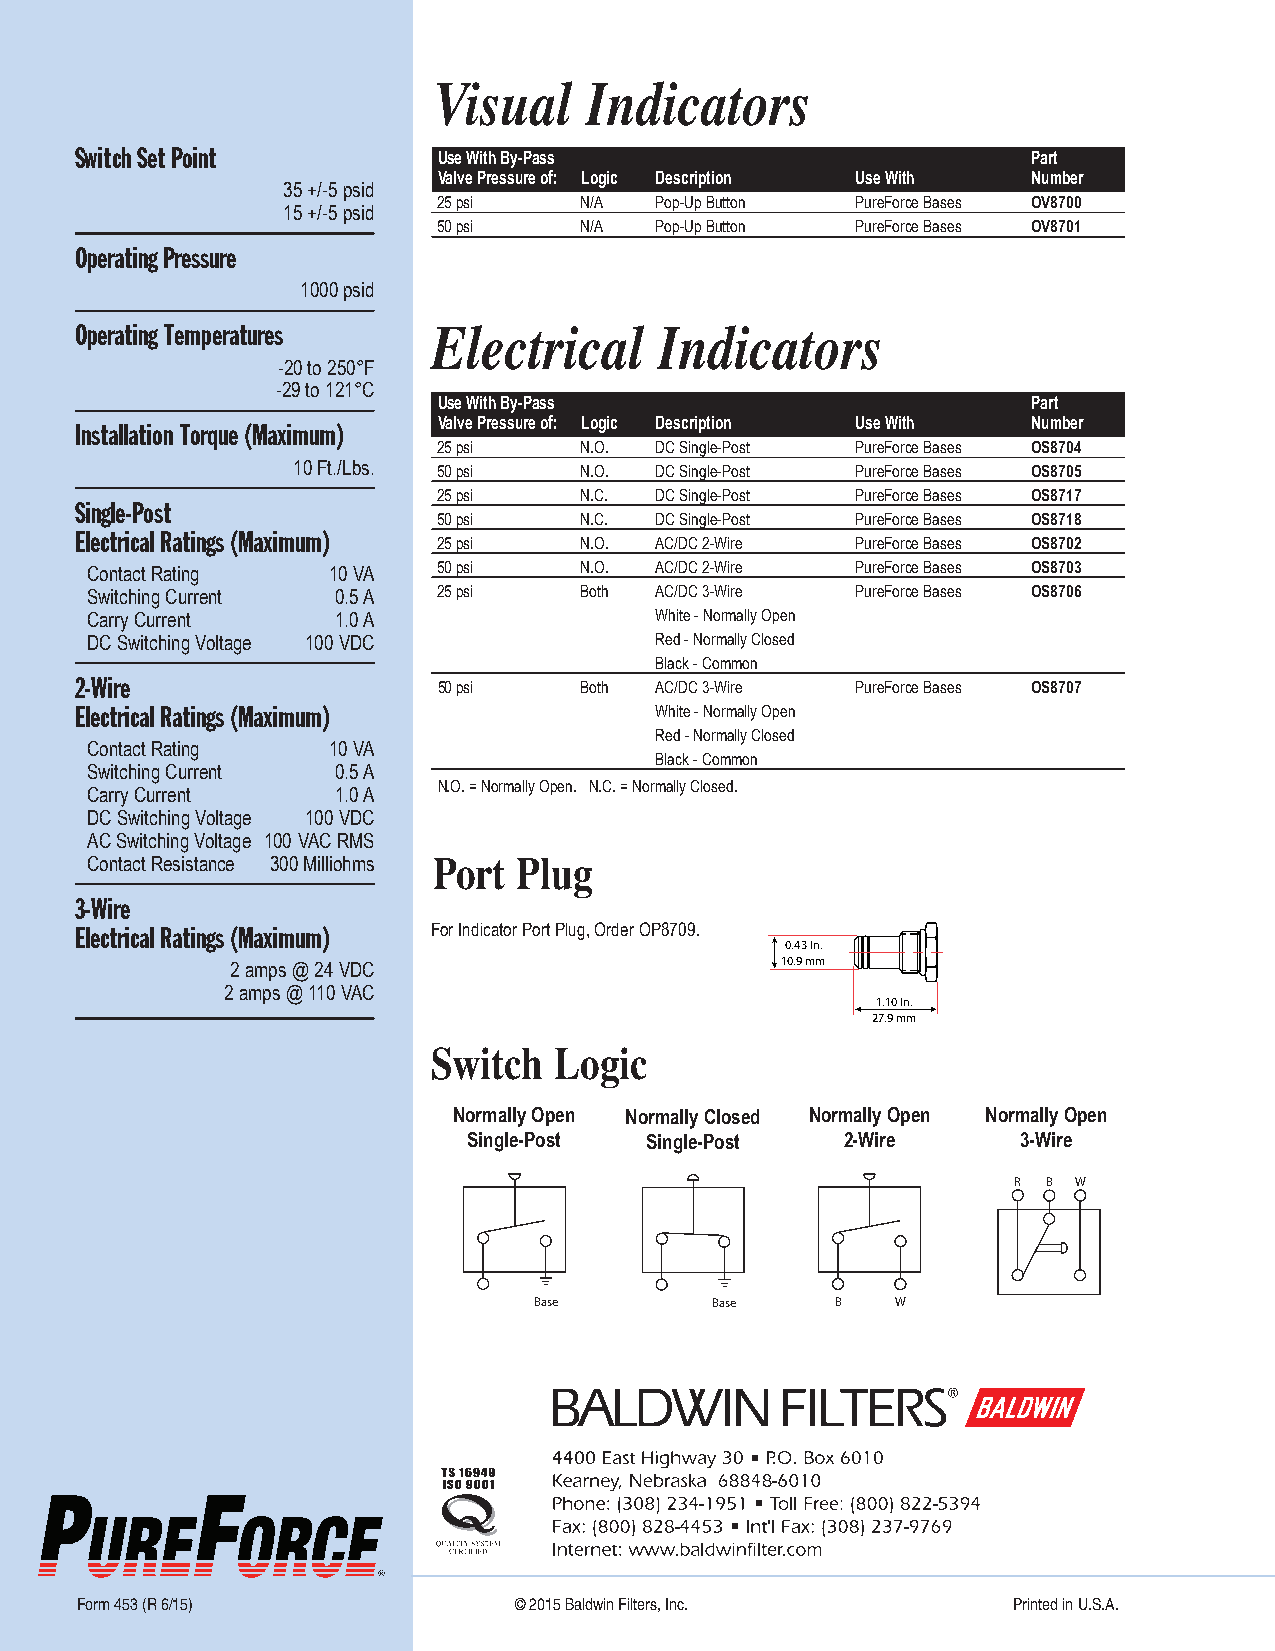
Form 453 (R 6-15).qxp_Layout 1 5/21/15 1:23 PM Page 8
 Visual     Indicators
 Switch Set Point
 Use With By-Pass                       Part
 Valve Pressure of: Logic Description Use With Number
 35 +/-5 psid
 25 psi   N/A  Pop-Up Button PureForce Bases OV8700
 15 +/-5 psid
 50 psi   N/A  Pop-Up Button PureForce Bases OV8701
 Operating Pressure
 1000 psid
 Operating Temperatures Electrical     Indicators
 -20 to 250°F
 -29 to 121°C
 Use With By-Pass                       Part
 Installation Torque (Maximum) Valve Pressure of: Logic Description Use With Number
 25 psi   N.O. DC Single-Post PureForce Bases OS8704
 10 Ft./Lbs. 50 psi N.O. DC Single-Post PureForce Bases OS8705
 25 psi   N.C. DC Single-Post PureForce Bases OS8717
 Single-Post
 50 psi   N.C. DC Single-Post PureForce Bases OS8718
 Electrical Ratings (Maximum)
 25 psi   N.O. AC/DC 2-Wire PureForce Bases OS8702
 Contact Rating  10 VA   50 psi   N.O. AC/DC 2-Wire PureForce Bases OS8703
 Switching Current 0.5 A 25 psi   Both AC/DC 3-Wire PureForce Bases OS8706
 Carry Current    1.0 A                White - Normally Open
 DC Switching Voltage 100 VDC          Red - Normally Closed
 Black - Common
 2-Wire
 50 psi   Both AC/DC 3-Wire PureForce Bases OS8707
 Electrical Ratings (Maximum)          White - Normally Open
 Red - Normally Closed
 Contact Rating  10 VA
 Black - Common
 Switching Current 0.5 A
 N.O. = Normally Open. N.C. = Normally Closed.
 Carry Current    1.0 A
 DC Switching Voltage 100 VDC
 AC Switching Voltage 100 VAC RMS
 Contact Resistance 300 Milliohms Port Plug
 3-Wire
 Electrical Ratings (Maximum) For Indicator Port Plug, Order OP8709.
 0.43 In.
 10.9 mm
 2 amps @ 24 VDC
 2 amps @ 110 VAC
 1.10 In.
 27.9 mm
 Switch  Logic
 Normally Open Normally Closed Normally Open Normally Open
 Single-Post Single-Post  2-Wire     3-Wire
 R B W
 Base        Base    B   W
 B
 Form 453 (R 6/15)            © 2015 Baldwin Filters, Inc.     Printed in U.S.A.